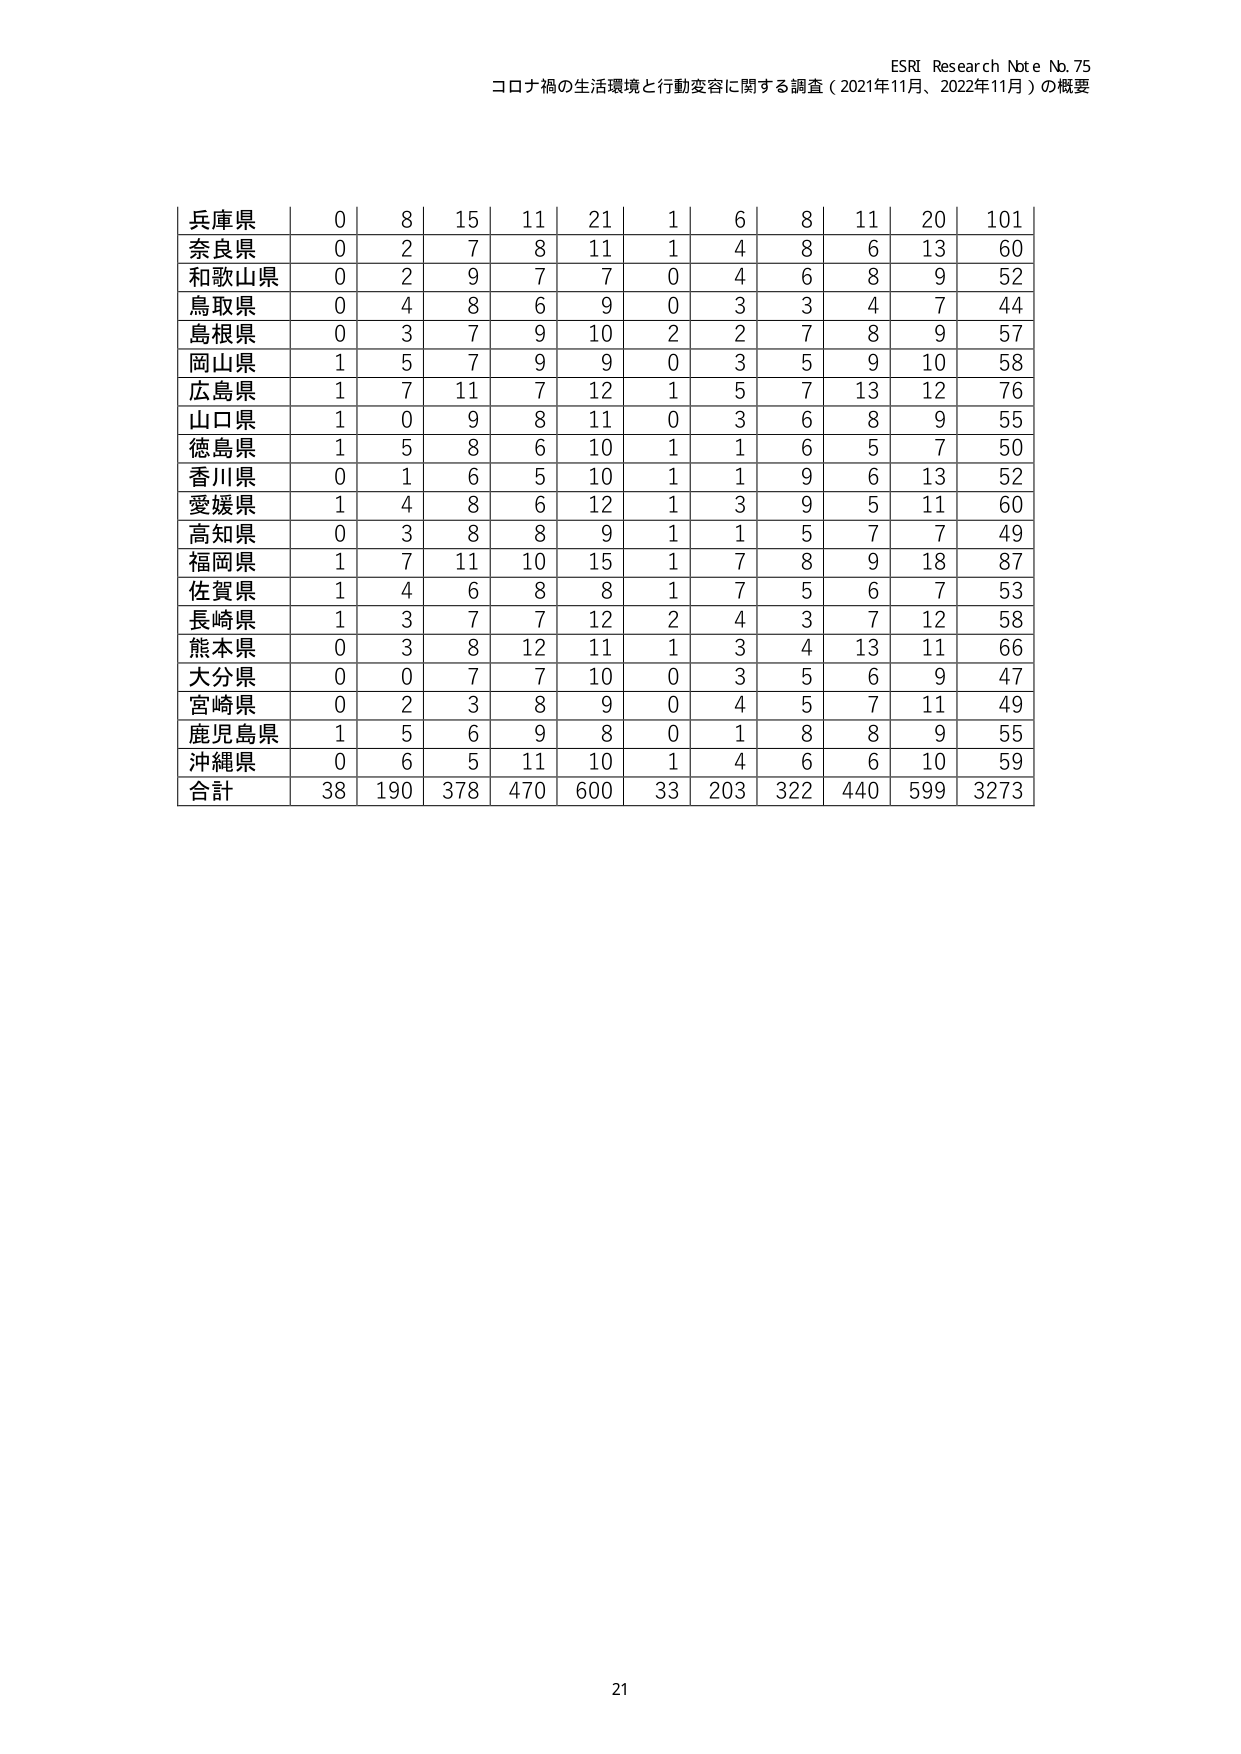
ESRI Research Note No. 75
コロナ禍の生活環境と行動変容に関する調査（2021年11月、2022年11月）の概要

兵庫県 | 0 | 8 | 15 | 11 | 21 | 1 | 6 | 8 | 11 | 20 | 101
奈良県 | 0 | 2 | 7 | 8 | 11 | 1 | 4 | 8 | 6 | 13 | 60
和歌山県 | 0 | 2 | 9 | 7 | 7 | 0 | 4 | 6 | 8 | 9 | 52
鳥取県 | 0 | 4 | 8 | 6 | 9 | 0 | 3 | 3 | 4 | 7 | 44
島根県 | 0 | 3 | 7 | 9 | 10 | 2 | 2 | 7 | 8 | 9 | 57
岡山県 | 1 | 5 | 7 | 9 | 9 | 0 | 3 | 5 | 9 | 10 | 58
広島県 | 1 | 7 | 11 | 7 | 12 | 1 | 5 | 7 | 13 | 12 | 76
山口県 | 1 | 0 | 9 | 8 | 11 | 0 | 3 | 6 | 8 | 9 | 55
徳島県 | 1 | 5 | 8 | 6 | 10 | 1 | 1 | 6 | 5 | 7 | 50
香川県 | 0 | 1 | 6 | 5 | 10 | 1 | 1 | 9 | 6 | 13 | 52
愛媛県 | 1 | 4 | 8 | 6 | 12 | 1 | 3 | 9 | 5 | 11 | 60
高知県 | 0 | 3 | 8 | 8 | 9 | 1 | 1 | 5 | 7 | 7 | 49
福岡県 | 1 | 7 | 11 | 10 | 15 | 1 | 7 | 8 | 9 | 18 | 87
佐賀県 | 1 | 4 | 6 | 8 | 8 | 1 | 7 | 5 | 6 | 7 | 53
長崎県 | 1 | 3 | 7 | 7 | 12 | 2 | 4 | 3 | 7 | 12 | 58
熊本県 | 0 | 3 | 8 | 12 | 11 | 1 | 3 | 4 | 13 | 11 | 66
大分県 | 0 | 0 | 7 | 7 | 10 | 0 | 3 | 5 | 6 | 9 | 47
宮崎県 | 0 | 2 | 3 | 8 | 9 | 0 | 4 | 5 | 7 | 11 | 49
鹿児島県 | 1 | 5 | 6 | 9 | 8 | 0 | 1 | 8 | 8 | 9 | 55
沖縄県 | 0 | 6 | 5 | 11 | 10 | 1 | 4 | 6 | 6 | 10 | 59
合計 | 38 | 190 | 378 | 470 | 600 | 33 | 203 | 322 | 440 | 599 | 3273

21